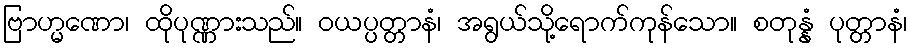
ဗြာဟ္မဏော၊ ထိုပုဏ္ဏားသည်။ ဝယပ္ပတ္တာနံ၊ အရွယ်သို့ရောက်ကုန်သော။ စတုန္နံ ပုတ္တာနံ၊